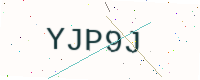
Text: YJP9J